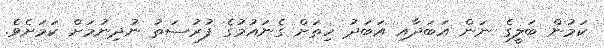
ކަމުން ބަލީގެ ނަން އަބަދާއި އަބަދު ހިތަށް ގެނައުމުގެ ފުރުސަތު ނުދިނުމަށް ކަމަށެވެ.